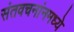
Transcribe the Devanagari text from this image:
संतवचनांनमध्ये